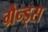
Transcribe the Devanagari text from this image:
ग्रैन्ड्स